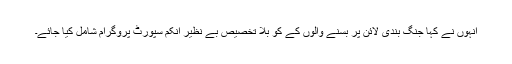
انہوں نے کہا جنگ بندی لائن پر بسنے والوں کے کو بلا تخصیص بے نظیر اِنکم سپورٹ پروگرام شامل کیا جائے۔